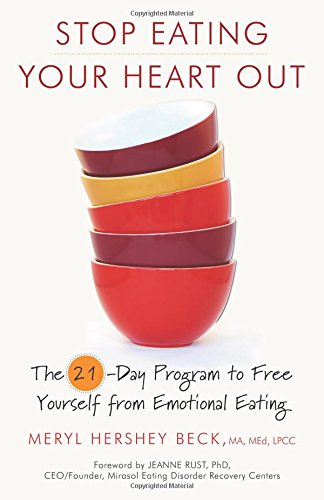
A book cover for Stop Eating Your Heart Out: The 21-Day Program to Free Yourself from Emotional Eating; Meryl Hershey Beck; Self-Help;